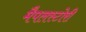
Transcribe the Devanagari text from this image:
मैपलस्टोरी